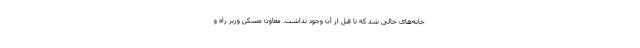
خانه‌های خالی شد که تا قبل از آن وجود نداشت. معاون مسکن وزیر راه و